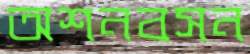
অশনবসন